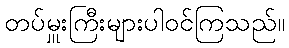
တပ်မှူးကြီးများပါဝင်ကြသည်။